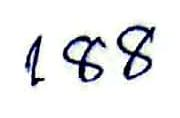
188